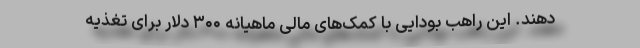
دهند. این راهب بودایی با کمک‌های مالی ماهیانه ۳۰۰ دلار برای تغذیه